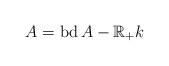
LaTeX: \begin{align*}A=\operatorname*{bd}A -\mathbb{R}_{+} k\end{align*}